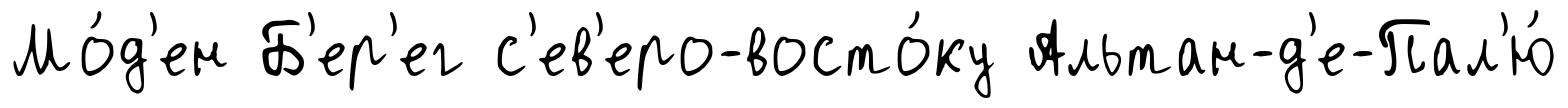
Мо́д'ен Б'ер'ег с'ев'еро-восто́ку Альтан-д'е-Пал'ю́